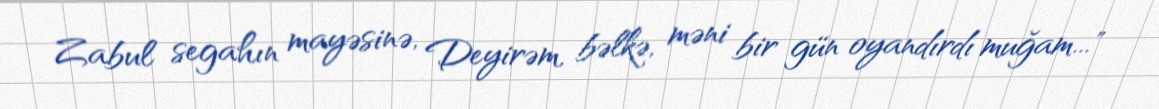
Zabul segahın mayəsinə, Deyirəm, bəlkə, məni bir gün oyandırdı muğam..."